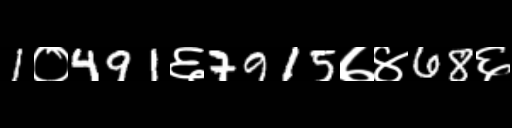
Text: 1०491६7915७४68६